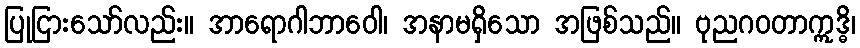
ပြုငြားသော်လည်း။ အာရောဂါဘာဝေါ၊ အနာမရှိသော အဖြစ်သည်။ ဗုညဂဝတာဣဒ္ဓိ၊